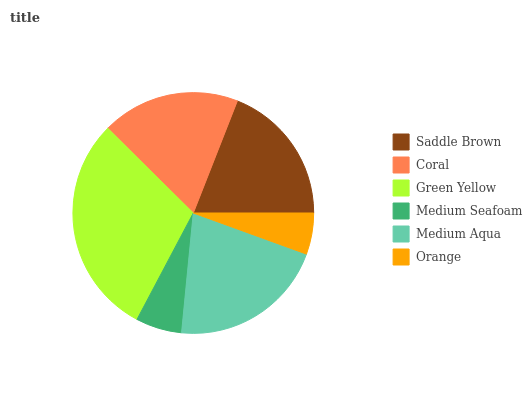
| Saddle Brown | Coral | Green Yellow | Medium Seafoam | Medium Aqua | Orange |
 | --- | --- | --- | --- | --- | --- |
 | 19.1% | 18.5% | 29.6% | 6.2% | 21% | 5.54% |